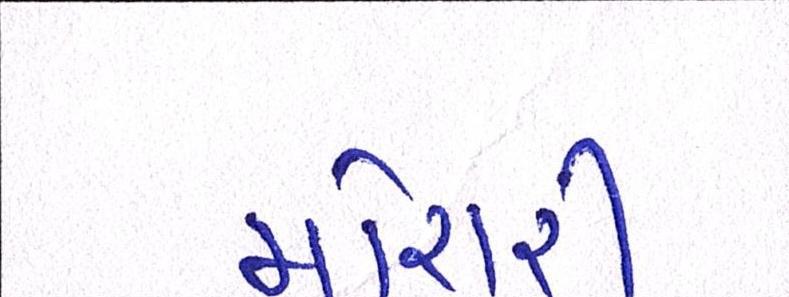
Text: મોરારી